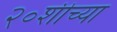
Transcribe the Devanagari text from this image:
२०शीच्या